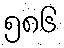
၅၈၆